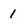
Character: 1